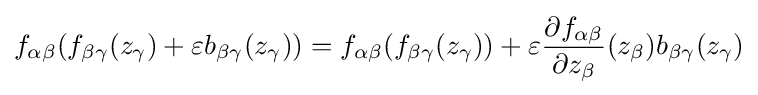
{\begin{aligned}f_{\alpha \beta }(f_{\beta \gamma }(z_{\gamma })+\varepsilon b_{\beta \gamma }(z_{\gamma }))&=f_{\alpha \beta }(f_{\beta \gamma }(z_{\gamma }))+\varepsilon {\frac {\partial f_{\alpha \beta }}{\partial z_{\beta }}}(z_{\beta })b_{\beta \gamma }(z_{\gamma })\\\end{aligned}}